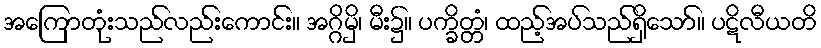
အကြောတုံးသည်လည်းကောင်း။ အဂ္ဂိမှိ၊ မီး၌။ ပက္ခိတ္တံ၊ ထည့်အပ်သည်ရှိသော်။ ပဋိလီယတိ